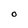
Character: O